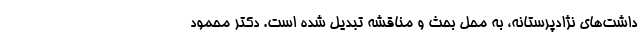
داشت‌های نژادپرستانه، به محل بحث و مناقشه تبدیل شده است. دکتر محمود